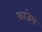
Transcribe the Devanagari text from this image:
काजेम